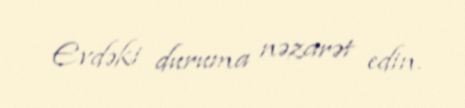
Evdəki duruma nəzarət edin.